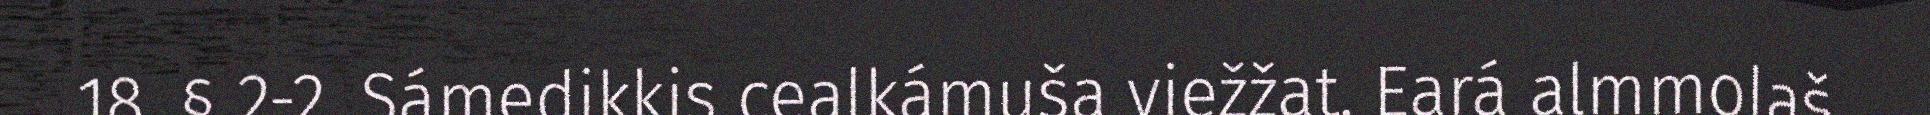
18. § 2-2. Sámedikkis cealkámuša viežžat. Eará almmolaš